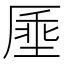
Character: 𫨔